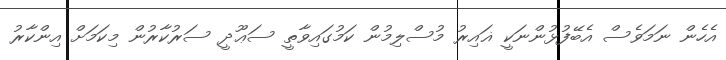
އެހެން ނަމަވެސް އެބޭފުޅުންނަކީ ޣައިރު މުސްލިމުން ކަމުގައިވާތީ ސަޢޫދީ ސަރުކާރުން މިކަމަށް އިންކާރު